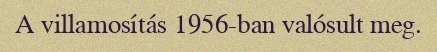
A villamosítás 1956-ban valósult meg.